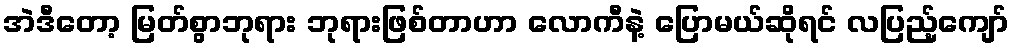
အဲဒီတော့ မြတ်စွာဘုရား ဘုရားဖြစ်တာဟာ လောကီနဲ့ ပြောမယ်ဆိုရင် လပြည့်ကျော်